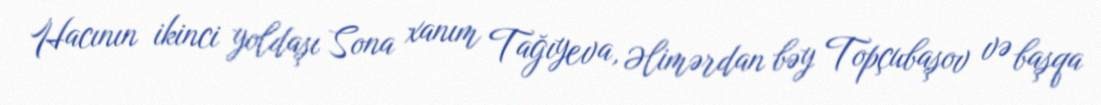
Hacının ikinci yoldaşı Sona xanım Tağıyeva, Əlimərdan bəy Topçubaşov və başqa